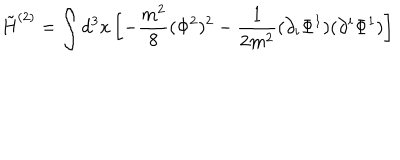
\tilde { H } ^ { ( 2 ) } = \int d ^ { 3 } x \left[ - \frac { m ^ { 2 } } { 8 } ( \Phi ^ { 2 } ) ^ { 2 } - \frac { 1 } { 2 m ^ { 2 } } ( \partial _ { i } \Phi ^ { 1 } ) ( \partial ^ { i } \Phi ^ { 1 } ) \right]